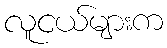
လူငယ်များက